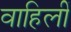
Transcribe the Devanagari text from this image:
वाहिलीं